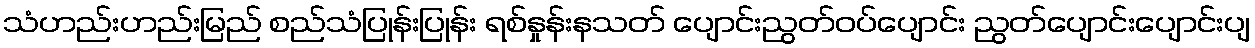
သံဟည်းဟည်းမြည် စည်သံပြုန်းပြုန်း ရစ်နှုန်းနသတ် ပျောင်းညွတ်ဝပ်ပျောင်း ညွတ်ပျောင်းပျောင်းပျ